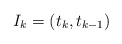
\begin{align*} I_k=(t_{k}, t_{k-1}) \end{align*}